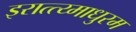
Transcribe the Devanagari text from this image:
इरात्त्य्माधुरम